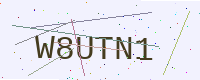
Text: W8UTN1